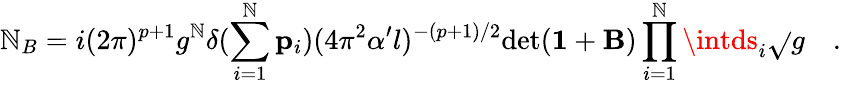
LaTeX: \mathbb{N}_{B}=i(2\pi)^{p+1}g^{\mathbb{N}}\delta(\sum_{i=1}^{\mathbb{N}}{\mathbf{p}}_{i})(4\pi^{2}\alpha^{\prime}l)^{-(p+1)/2}\mathrm{{det}}({\mathbf{1}}+{\mathbf{B}})\prod_{i=1}^{\mathbb{N}}\intds_{i}{\sqrt{}{{g}}}\quad.